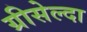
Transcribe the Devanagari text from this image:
ग्रीसेल्दा